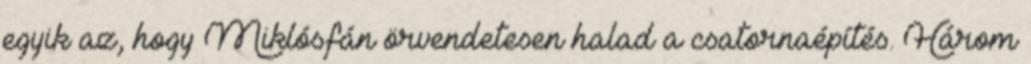
egyik az, hogy Miklósfán örvendetesen halad a csatornaépítés. Három